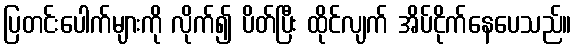
ပြတင်းပေါက်များကို လိုက်၍ ပိတ်ပြီး ထိုင်လျက် အိပ်ငိုက်နေပေသည်။